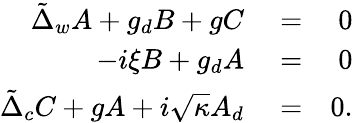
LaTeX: \begin{array}{rlr}{\tilde{\Delta}_{w}A+g_{d}B+gC}&{{}=}&{0}\\ {-i\xi B+g_{d}A}&{{}=}&{0}\\ {\tilde{\Delta}_{c}C+gA+i\sqrt{\kappa}A_{d}}&{{}=}&{0.}\end{array}